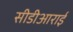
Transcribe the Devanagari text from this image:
सीडीआराई